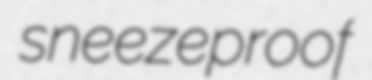
sneezeproof